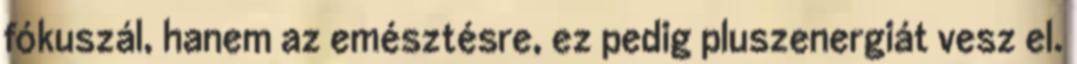
fókuszál, hanem az emésztésre, ez pedig pluszenergiát vesz el.